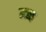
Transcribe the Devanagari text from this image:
ब्च्ब्व